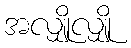
အလျှိုလျှို